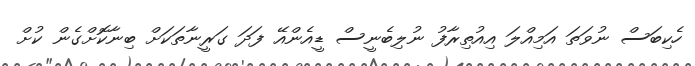
ހެކިބަސް ނުވަތަ އަމިއްލަ އިއުތިރާފު ނުލިބެނީސް ޑީއެންއޭ ފަދަ ގަރީނާތަކަށް ބިނާކޮށްގެން ކުށް